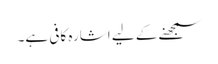
سمجھنے کے لیے اشارہ کافی ہے۔